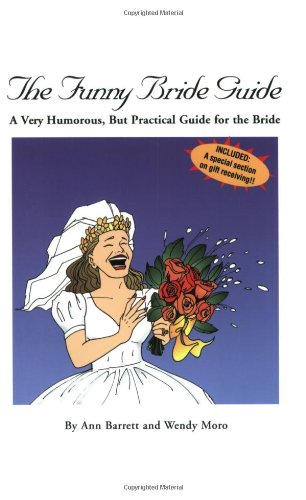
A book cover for The Funny Bride Guide; Wendy Moro; Crafts, Hobbies & Home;